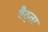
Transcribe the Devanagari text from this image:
बैठ्ता